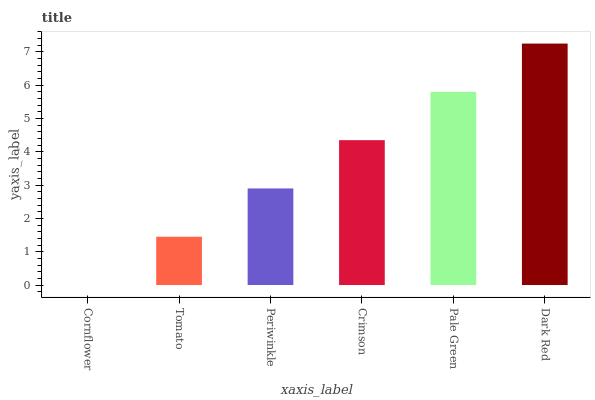
| xaxis_label | bars |
 | --- | --- |
 | Cornflower | 0 |
 | Tomato | 1.45 |
 | Periwinkle | 2.9 |
 | Crimson | 4.35 |
 | Pale Green | 5.8 |
 | Dark Red | 7.25 |